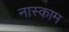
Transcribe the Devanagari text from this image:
नास्काम